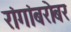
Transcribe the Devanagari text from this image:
रांगांबरोबर